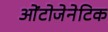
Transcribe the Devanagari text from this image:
ओंटोजेनेटिक